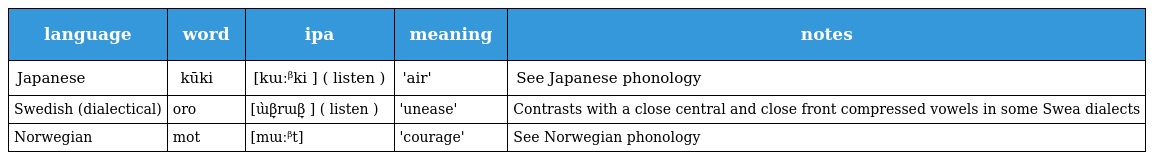
| language | word | ipa | meaning | notes |
 | --- | --- | --- | --- | --- |
 | Japanese | 空気 kūki | [kɯːᵝki ] ( listen ) | 'air' | See Japanese phonology |
 | Swedish (dialectical) | oro | [ɯ̀β̞rɯβ̞ ] ( listen ) | 'unease' | Contrasts with a close central and close front compressed vowels in some Swea dialects |
 | Norwegian | mot | [mɯːᵝt] | 'courage' | See Norwegian phonology |